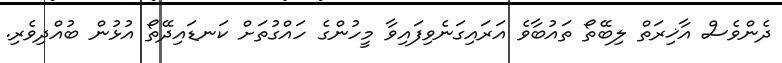
ދެންވެސް އާޚިރަތް ލިބޭތޯ ތައުބާވެ އަރައިގަނެވިފައިވާ މީހުންގެ ހައްގުތަށް ކަނޑައިދޭތޯ އުޅުން ބުއްދިވެރި.